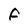
Character: F